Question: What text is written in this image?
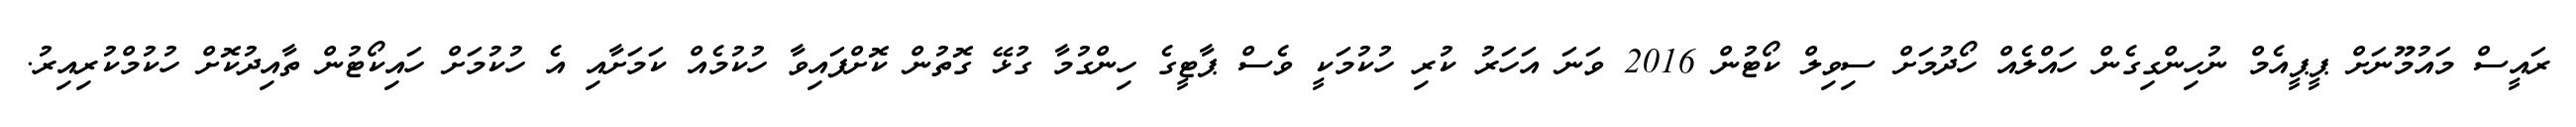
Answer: ރައީސް މައުމޫނަށް ޕީޕީއެމް ނުހިންގިގެން ހައްލެއް ހޯދުމަށް ސިވިލް ކޯޓުން 2016 ވަނަ އަހަރު ކުރި ހުކުމަކީ ވެސް ޕާޓީގެ ހިންގުމާ ގުޅޭ ގޮތުން ކޮށްފައިވާ ހުކުމެއް ކަމަށާއި އެ ހުކުމަށް ހައިކޯޓުން ތާއިދުކޮށް ހުކުމްކުރިއިރު.